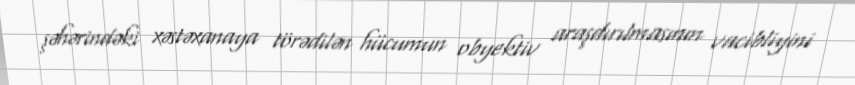
şəhərindəki xəstəxanaya törədilən hücumun obyektiv araşdırılmasının vacibliyini